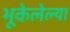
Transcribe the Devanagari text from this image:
भूकेलेल्या